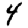
Digit: 4